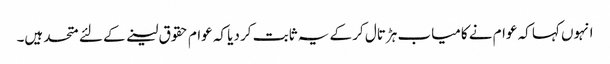
انہوں کہا کہ عوام نے کامیاب ہڑتال کر کے یہ ثابت کر دیا کہ عوام حقوق لینے کے لئے متحد ہیں۔